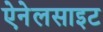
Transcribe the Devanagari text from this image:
ऐनेलसाइट